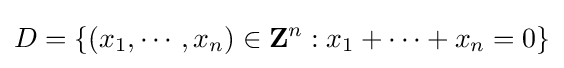
D=\left\{\left(x_{1},\cdots ,x_{n}\right)\in \mathbf {Z} ^{n}:x_{1}+\cdots +x_{n}=0\right\}